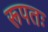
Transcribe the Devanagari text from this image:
रूपतः